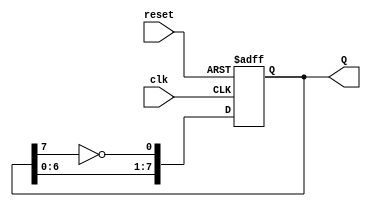
module JohnsonCounter (
    input wire clk,        // Clock input
    input wire reset,      // Asynchronous reset input
    output reg [7:0] Q     // 8-bit output representing the current state
);

    // Always block triggered on the rising edge of the clock or the reset
    always @(posedge clk or posedge reset) begin
        if (reset) begin
            Q <= 8'b00000000; // Reset the counter to 0
        end else begin
            // Johnson counter logic
            Q[0] <= ~Q[7];     // D0 takes the inverted value of Q7
            Q[7:1] <= Q[6:0];  // Shift the values to the right
        end
    end

endmodule